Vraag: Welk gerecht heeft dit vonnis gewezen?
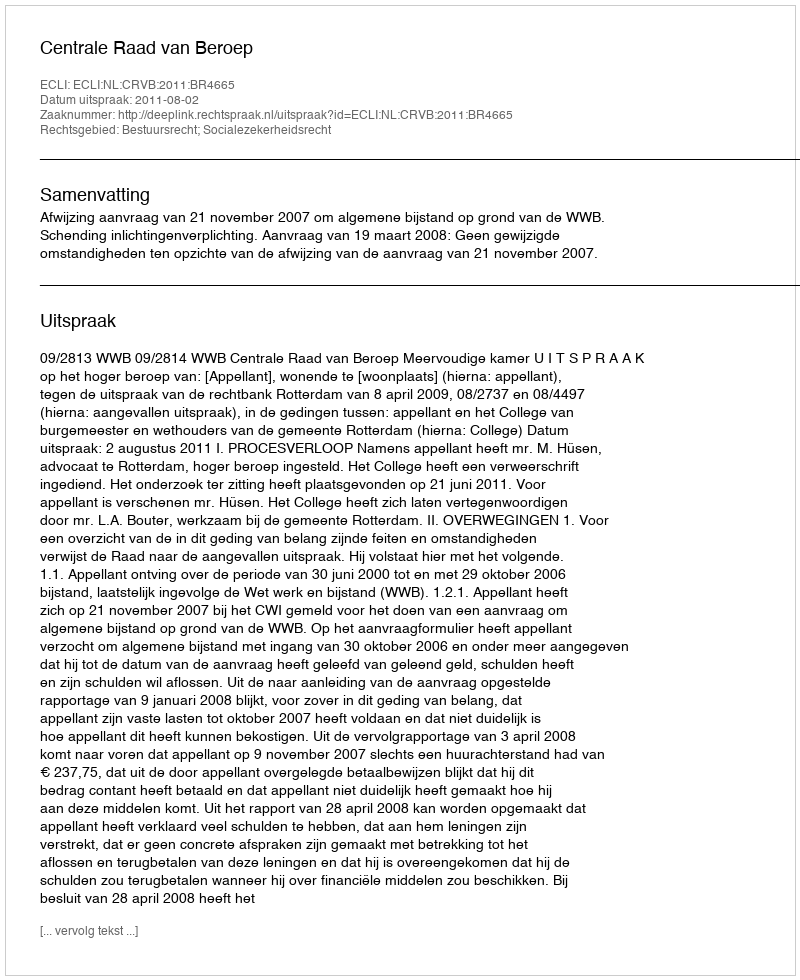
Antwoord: Centrale Raad van Beroep